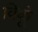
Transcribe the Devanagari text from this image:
विकूं